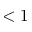
< 1